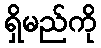
ရှိမည်ကို